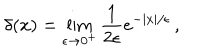
LaTeX: \delta ( x ) = \lim _ { \epsilon \rightarrow 0 ^ { + } } { \frac { 1 } { 2 \epsilon } } e ^ { - | x | / \epsilon } \, ,